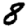
Digit: 8